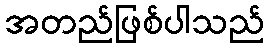
အတည်ဖြစ်ပါသည်